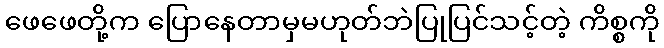
ဖေဖေတို့က ပြောနေတာမှမဟုတ်ဘဲပြုပြင်သင့်တဲ့ ကိစ္စကို